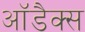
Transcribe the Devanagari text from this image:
आॅडैक्स